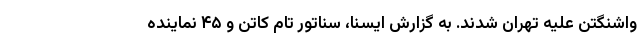
واشنگتن علیه تهران شدند. به گزارش ایسنا، سناتور تام کاتن و ۴۵ نماینده